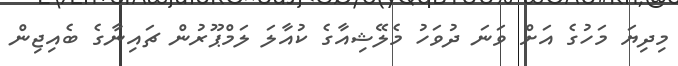
މިދިޔަ މަހުގެ އަށް ވަނަ ދުވަހު މެލޭޝިއާގެ ކުއާލަ ލަމްޕޫރުން ޗައިނާގެ ބެއިޖިން